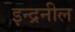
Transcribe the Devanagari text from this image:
इन्द्रनील